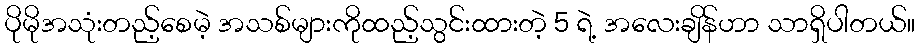
ပိုမိုအသုံးတည့်စေမဲ့ အသစ်များကိုထည့်သွင်းထားတဲ့ 5 ရဲ့ အလေးချိန်ဟာ သာရှိပါတယ်။